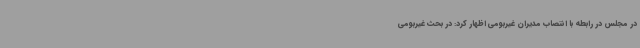
در مجلس در رابطه با انتصاب مدیران غیربومی اظهار کرد: در بحث غیربومی